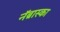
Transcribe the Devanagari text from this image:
नॅब्रास्का